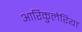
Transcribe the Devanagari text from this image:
आरिकुलेरिया